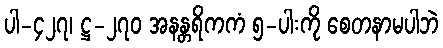
ပါ-၄၂၇၊ ဋ္ဌ-၂၇၀ အနန္တရိကကံ ၅-ပါးကို စေတနာမပါဘဲ